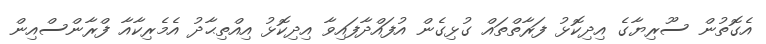
އެގޮތުން ސޫރިޔާގެ އިދިކޮޅު ފަރާތްތައް ގުޅިގެން އުފައްދާފައިވާ އިދިކޮޅު އިއްތިޙާދު އެމެރިކާއާ ފްރާންސްއިން